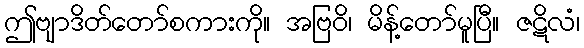
ဤဗျာဒိတ်တော်စကားကို။ အဗြဝိ၊ မိန့်တော်မူပြီ။ ဇဋိလံ၊